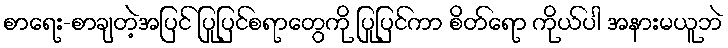
စာရေး-စာချတဲ့အပြင် ပြုပြင်စရာတွေကို ပြုပြင်ကာ စိတ်ရော ကိုယ်ပါ အနားမယူဘဲ